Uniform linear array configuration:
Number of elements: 12
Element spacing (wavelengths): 0.75
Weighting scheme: blackman
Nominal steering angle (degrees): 60
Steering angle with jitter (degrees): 60.251
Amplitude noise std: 0.05
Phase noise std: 0.05

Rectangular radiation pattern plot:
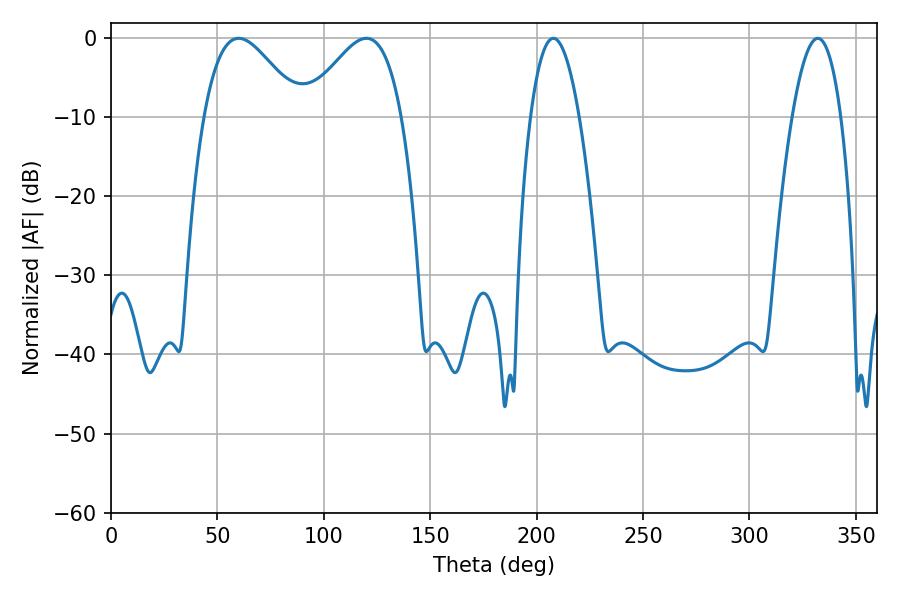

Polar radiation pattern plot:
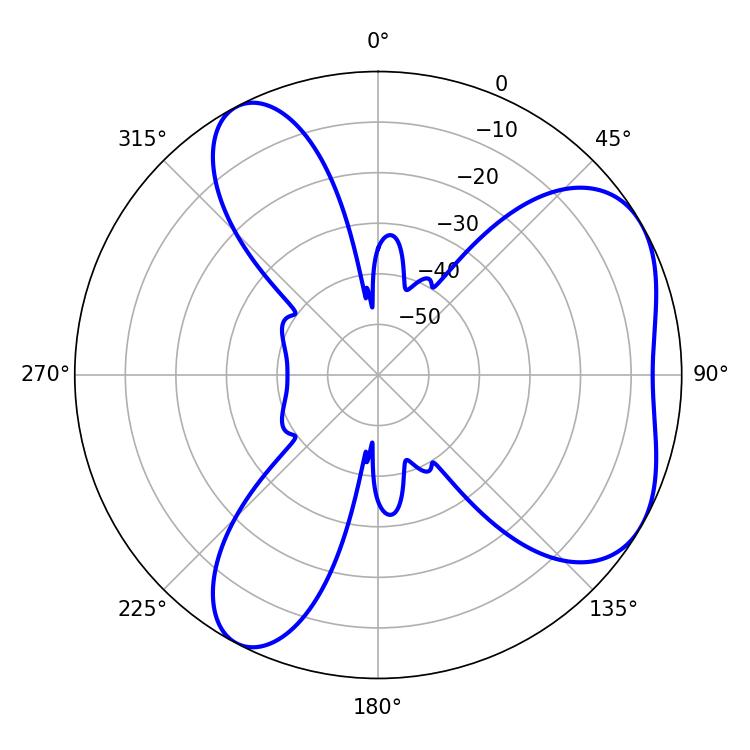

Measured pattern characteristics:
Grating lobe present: TRUE
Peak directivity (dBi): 5.174
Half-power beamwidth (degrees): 24.3
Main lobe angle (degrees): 59.94